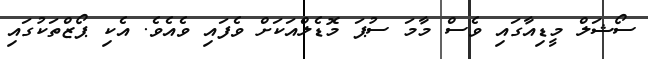
ސޯޝަލް މީޑިއާގައި ވެސް މާމަ ސުޕަ މޮޑެލްއަކަށް ވެފައި ވެއެވެ. އެކި ޕޯޒްތަކުގައި